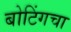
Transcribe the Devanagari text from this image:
बोटिंगचा